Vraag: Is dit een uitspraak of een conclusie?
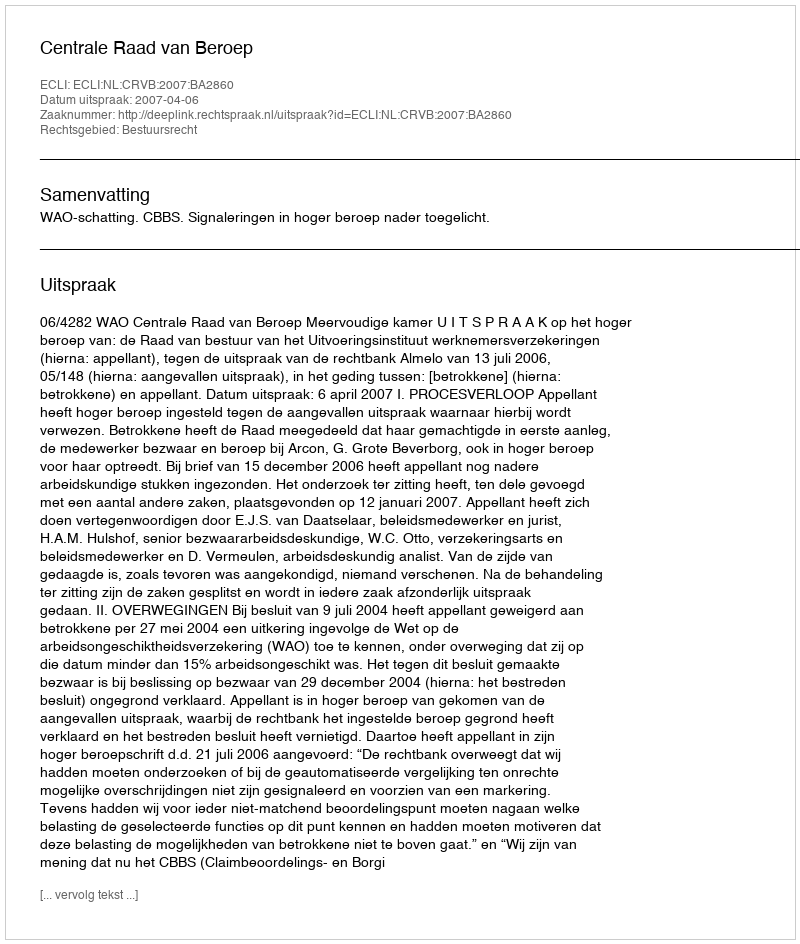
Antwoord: Uitspraak